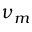
\nu _ { m }